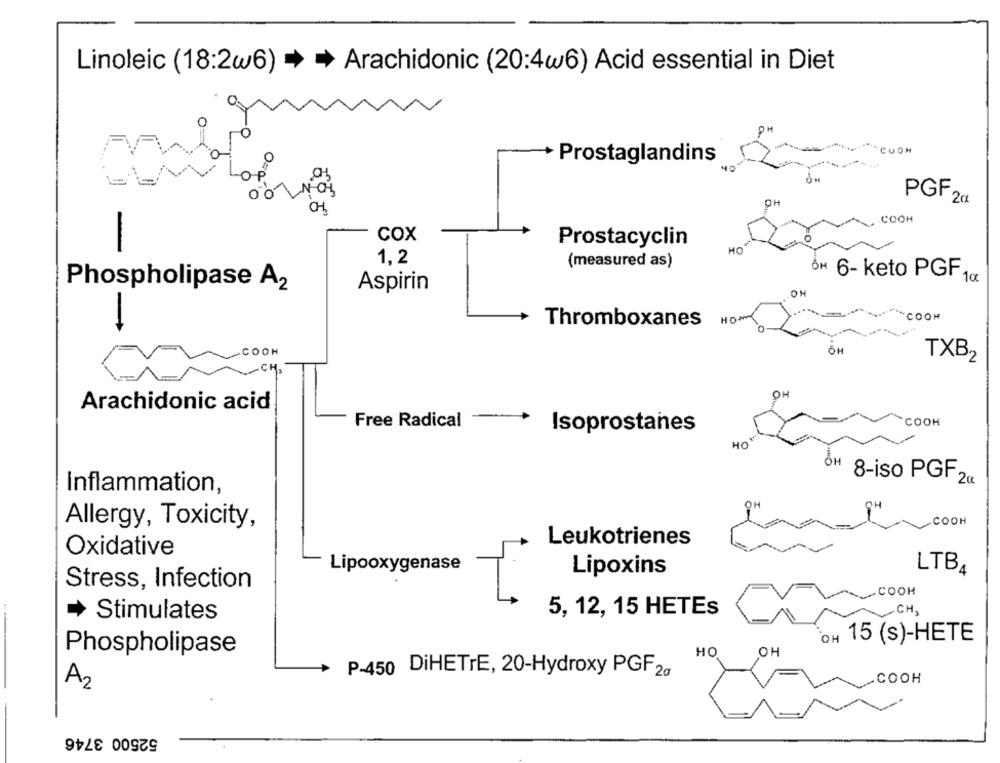
Linoleic (18:2w6) > > Arachidonic (20:4w6) Acid essential in Diet
CUON
Prostaglandins
PGF 2ct
.COOH
COX
Prostacyclin
HO
1,2
(measured as)
OH 6- keto PGF 1g.
Phospholipase A2
Aspirin
OH
COON
-
Thromboxanes HO
.COOH
OH
TXB2
-CH,
OH
Arachidonic acid
-
Free Radical
Isoprostanes
COOH
HO
OH
8-iso PGF 2a
Inflammation,
Allergy, Toxicity,
COOH
Leukotrienes
Oxidative
Lipooxygenase
Lipoxins
LTB4
Stress, Infection
COOH
CH,
Stimulates
5, 12, 15 HETEs
OH 15 (s)-HETE
Phospholipase
HO
OH
P-450 DiHETrE, 20-Hydroxy PGF 2g
COOH
A2
52500 3746